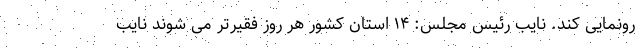
رونمایی کند. نایب رئیس مجلس: ۱۴ استان کشور هر روز فقیرتر می شوند نایب